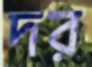
দর